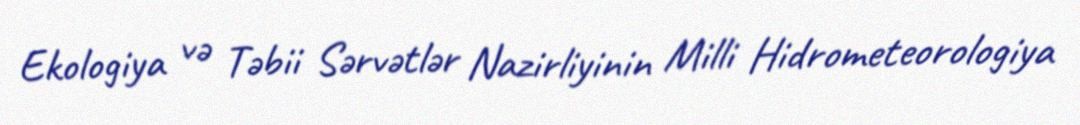
Ekologiya və Təbii Sərvətlər Nazirliyinin Milli Hidrometeorologiya